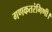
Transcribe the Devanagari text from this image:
गणकतरंगिणी।